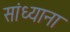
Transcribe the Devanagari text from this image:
सांध्याना